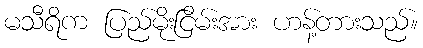
မသီရိက ပြည်မိုးငြိမ်းအား ဟန့်တားသည်။